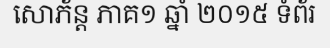
សោភ័ន្ត ភាគ១ ឆ្នាំ ២០១៥ ទំព័រ